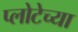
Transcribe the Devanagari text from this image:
प्लोटेच्या